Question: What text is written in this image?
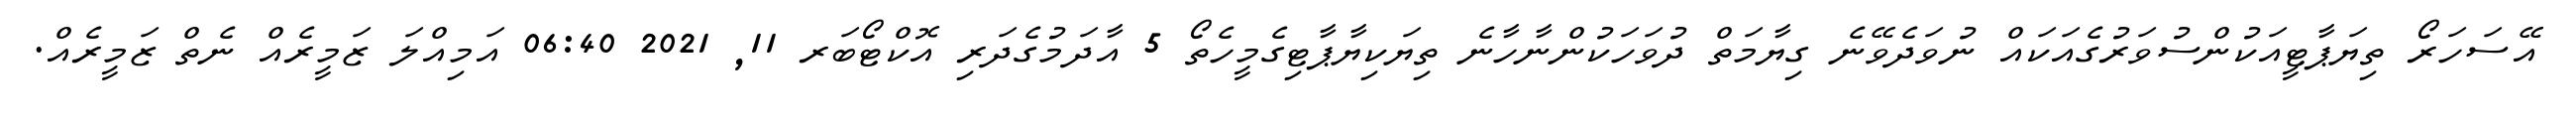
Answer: އޭސަހަރޯ ތިޔަޕާޓީއަކުންސުވަރުގެއަކައް ނުވަދެވޭނެ ގިޔާމަތް ދުވަހަކުންނާހާނެ ތިޔަކިޔާޕާޓިގެމީހެތޯ 5 އާދަމުގެދަރި އޮކްޓޯބަރ 11, 2021 06:40 އަމިއްލަ ޒަމީރެއް ނެތް ޒަމީރެއް.